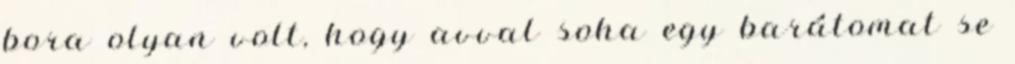
bora olyan volt, hogy avval soha egy barátomat se